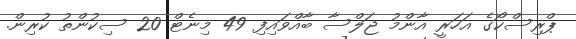
ޕްރިސްކޯގެ އަހަރީ އާންމު ޖަލްސާ ބާއްވައިފި 49 މިނެޓް 20 ސިކުންތު ކުރިން.